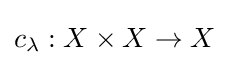
c_{\lambda }:X\times X\rightarrow X